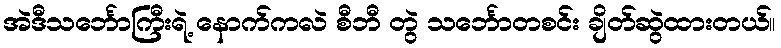
အဲဒီသင်္ဘောကြီးရဲ့ နောက်ကလဲ စီဘီ တွဲ သင်္ဘောတစင်း ချိတ်ဆွဲထားတယ်။